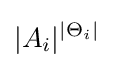
|A_{i}|^{|\Theta _{i}|}